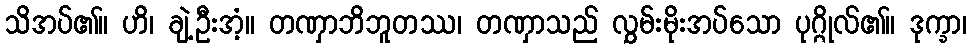
သိအပ်၏။ ဟိ၊ ချဲ့ဦးအံ့။ တဏှာဘိဘူတဿ၊ တဏှာသည် လွှမ်းမိုးအပ်သော ပုဂ္ဂိုလ်၏။ ဒုက္ခာ၊